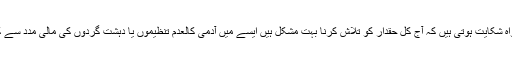
اکثر لوگوں کو شکواہ شکایت ہوتی ہیں کہ آج کل حقدار کو تلاش کرنا بہت مشکل ہیں ایسے میں آدمی کالعدم تنظیموں یا دہشت گردوں کی مالی مدد سے کیسے بچ سکتا ہے۔